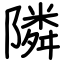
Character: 隣